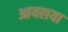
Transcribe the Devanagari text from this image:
आयलया